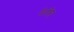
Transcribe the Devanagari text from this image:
लेफ़्टि